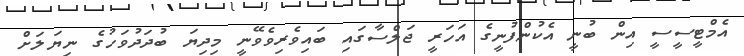
އެމްޓީސީސީ އިން ބުނީ އެކުންފުނީގެ އަހަރީ ޖަލްސާގައި ބައިވެރިވެވޭނީ މިދިޔަ ބުދަދުވަހުގެ ނިޔަލަށް